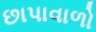
છાપાવાળો